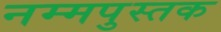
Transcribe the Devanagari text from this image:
नम्मपुस्तक